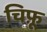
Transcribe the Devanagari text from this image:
चिफ़ू